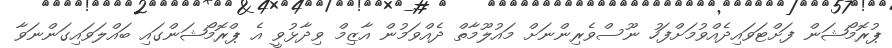
ޕުރޮމޯޝަން ފަށްޓަވައިދެއްވުމަށްފަހު ނޫސްވެރިންނަށް މައުލޫމާތް ދެއްވަމުން އާޒިމް ވިދާޅުވީ އެ ޕްރޮމޯޝަންގައި ބައްލަވައިގަންނަވާ